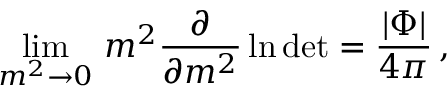
\operatorname * { l i m } _ { m ^ { 2 } \to 0 } \, m ^ { 2 } \frac { \partial } { \partial m ^ { 2 } } \ln \mathrm { d e t } = \frac { | \Phi | } { 4 \pi } \, ,